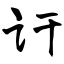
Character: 讦